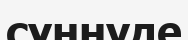
сүннуде